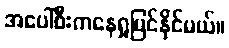
အပေါ်စီးကနေရှုမြင်နိုင်မယ်။